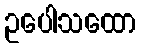
ဥပေါသထော